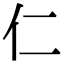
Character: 仁